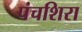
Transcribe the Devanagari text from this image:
पंचशिरा